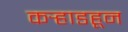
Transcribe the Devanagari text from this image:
कर्‍हाडहून